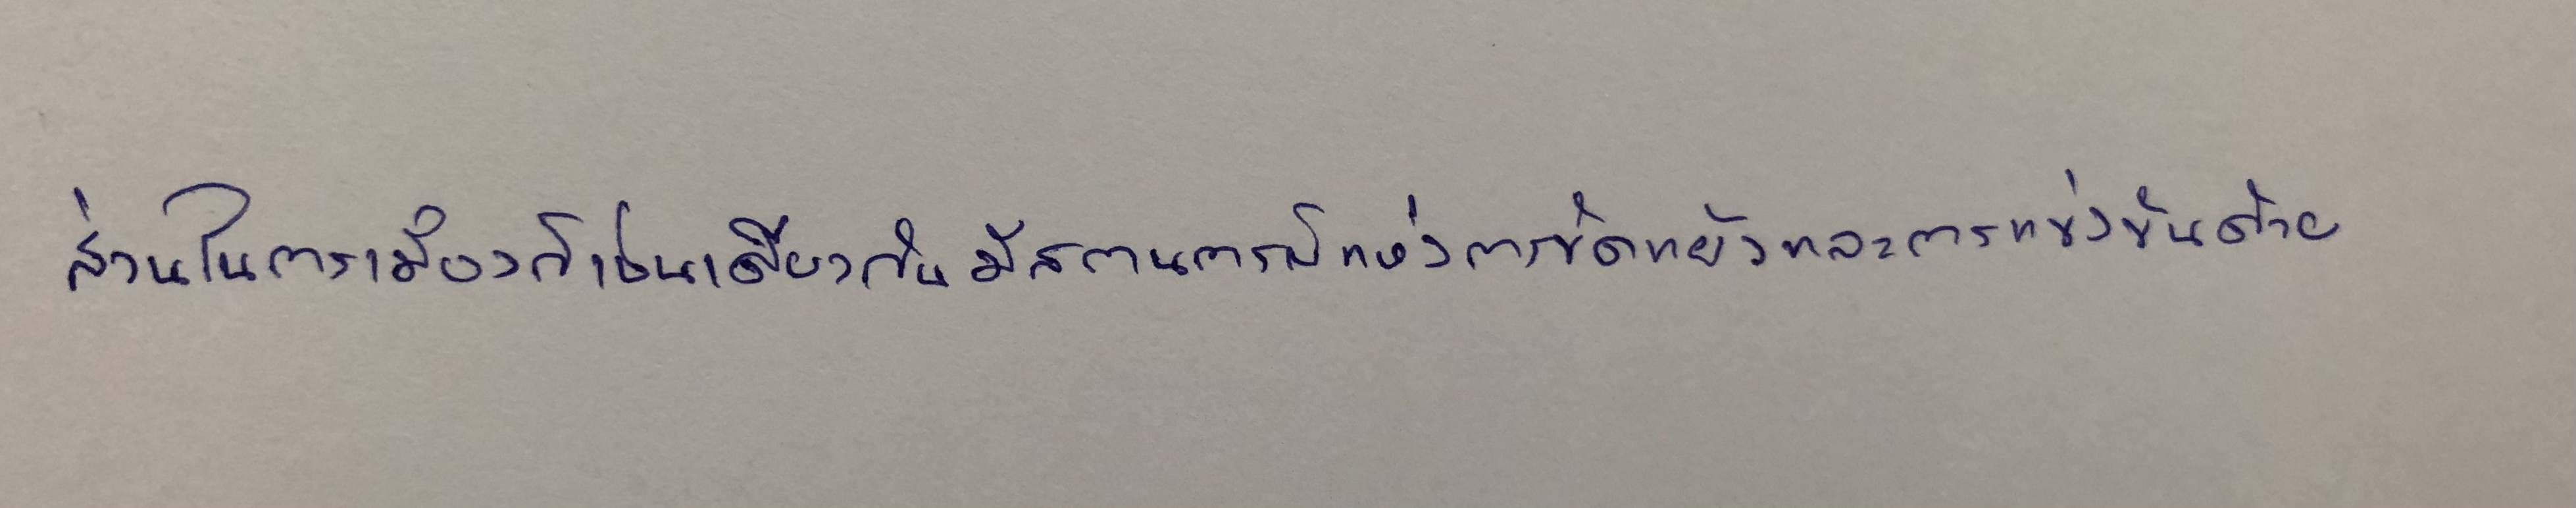
ส่วนในการเมืองก็เช่นเดียวกันมีสถานการณ์แห่งการขัดแย้งและการแข่งขันคล้าย